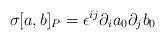
LaTeX: \begin{align*}\sigma [a,b]_{P} = \epsilon^{ij}\partial_{i}a_{0} \partial_{j}b_{0}\end{align*}